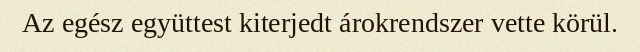
Az egész együttest kiterjedt árokrendszer vette körül.